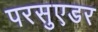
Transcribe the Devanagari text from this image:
परसुएडर